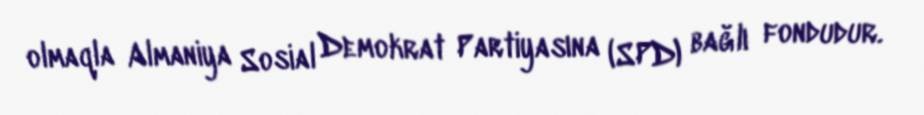
olmaqla Almaniya Sosial Demokrat Partiyasına (SPD) bağlı fondudur.